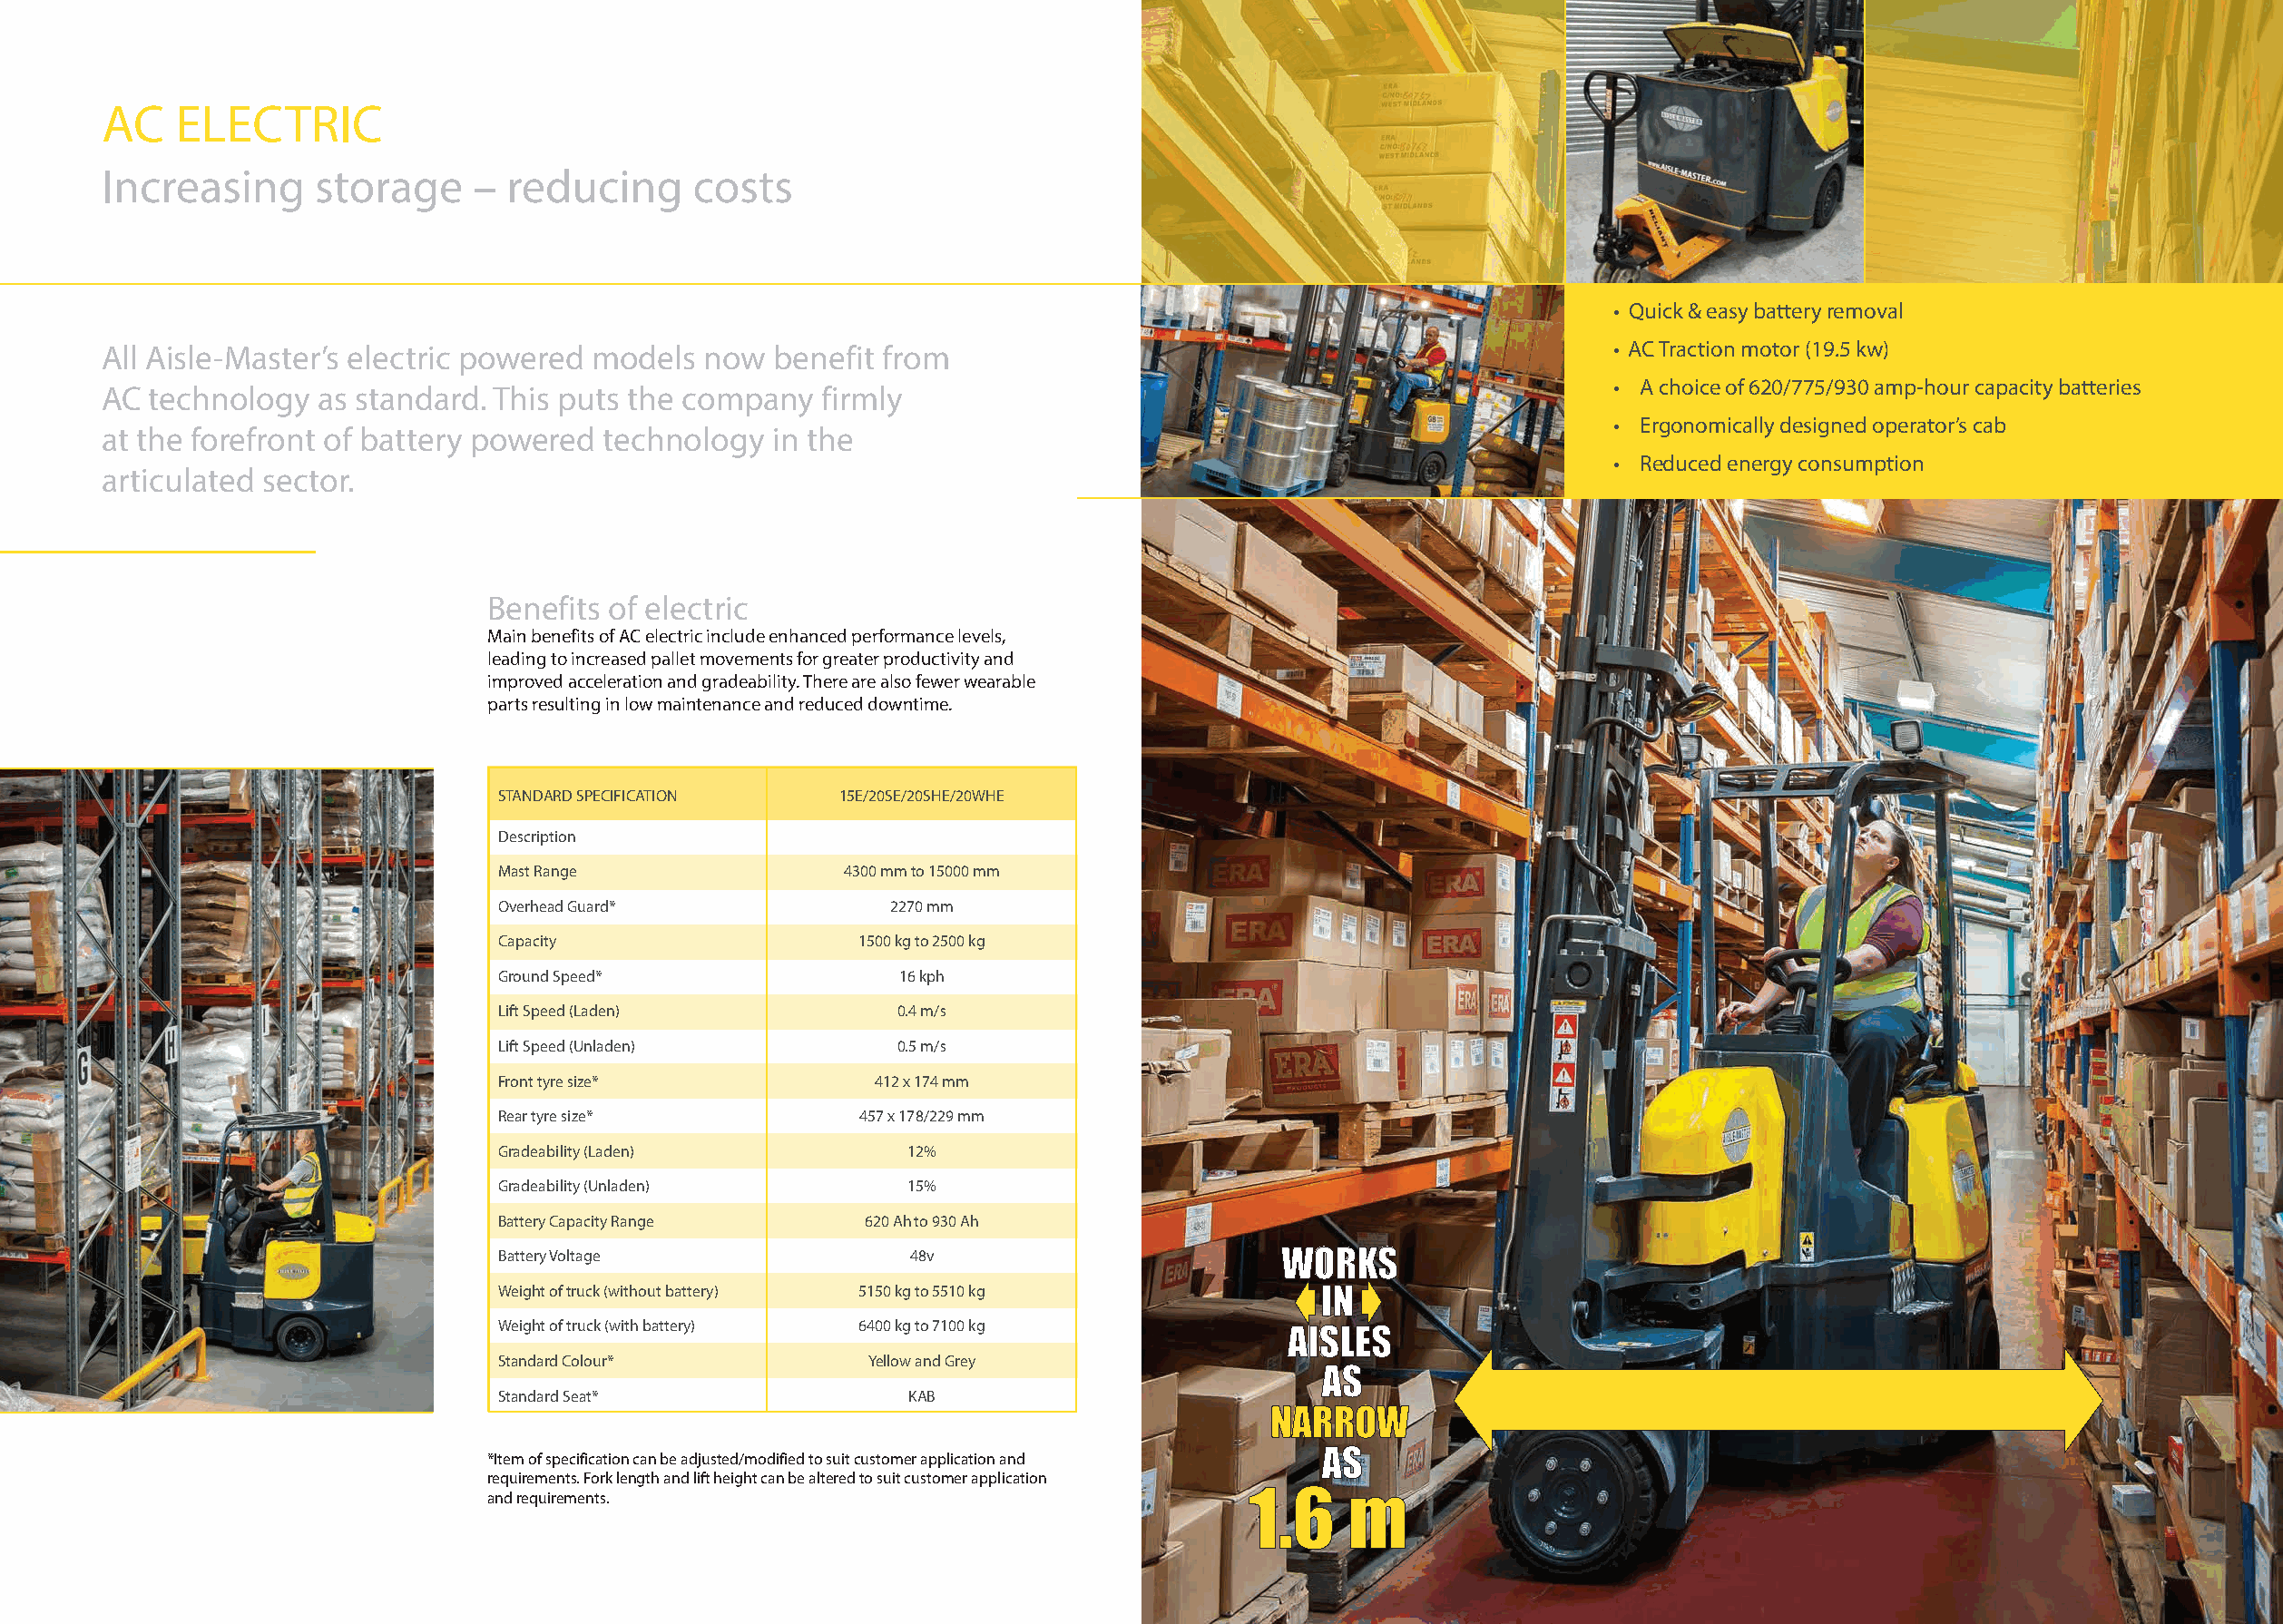
AC    ELECTRIC
 Increasing      storage     – reducing      costs
 • Quick & easy battery removal
 All Aisle-Master’s electric powered models  now  benefit from                                                  • AC Traction motor (19.5 kw)
 • A choice of 620/775/930 amp-hour capacity batteries
 AC  technology  as standard. This puts the company   firmly
 • Ergonomically designed operator’s cab
 at the forefront of battery powered  technology  in the
 • Reduced energy consumption
 articulated sector.
 Benefits of electric
 Main benefits of AC electric include enhanced performance levels,
 leading to increased pallet movements for greater productivity and
 improved acceleration and gradeability. There are also fewer wearable
 parts resulting in low maintenance and reduced downtime.
 STANDARD SPECIFICATION   15E/20SE/20SHE/20WHE
 Description
 Mast Range                4300 mm to 15000 mm
 Overhead Guard*              2270 mm
 Capacity                   1500 kg to 2500 kg
 Ground Speed*                 16 kph
 Lift Speed (Laden)           0.4 m/s
 Lift Speed (Unladen)         0.5 m/s
 Front tyre size*            412 x 174 mm
 Rear tyre size*            457 x 178/229 mm
 Gradeability (Laden)          12%
 Gradeability (Unladen)        15%
 Battery Capacity Range     620 Ah to 930 Ah
 Battery Voltage               48v                        WORKS
 Weight of truck (without battery) 5150 kg to 5510 kg        IN
 Weight of truck (with battery) 6400 kg to 7100 kg
 AISLES
 Standard Colour*           Yellow and Grey
 AS
 Standard Seat*                KAB
 NARROW
 *Item of specification can be adjusted/modified to suit customer application and AS
 requirements. Fork length and lift height can be altered to suit customer application
 and requirements.                                      1.6    m